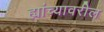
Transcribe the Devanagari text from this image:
ह्यांच्यावरील